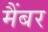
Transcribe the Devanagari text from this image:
मैंबर